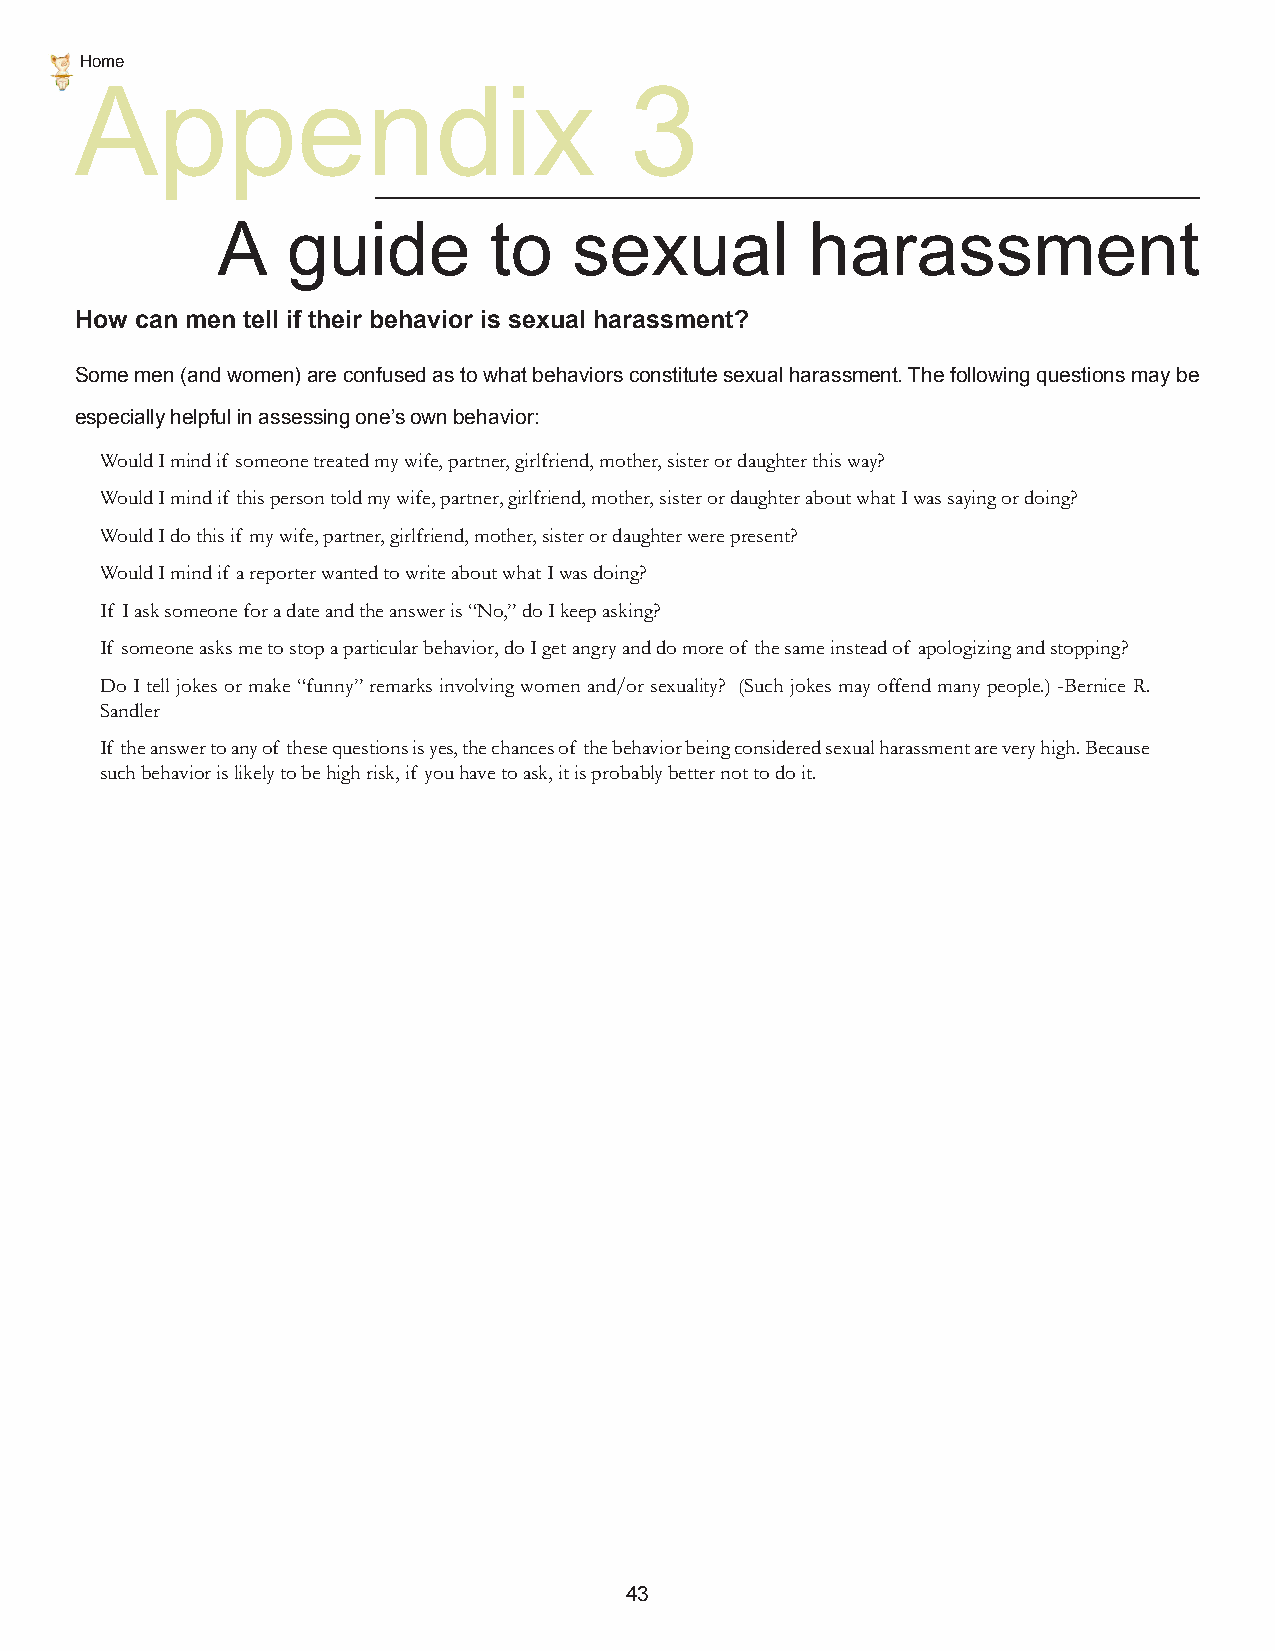
Home
 Appendix                             3
 A    guide        to    sexual          harassment
 How can men tell if their behavior is sexual harassment?
 Some men (and women) are confused as to what behaviors constitute sexual harassment. The following questions may be
 especially helpful in assessing one’s own behavior:
 Would I mind if someone treated my wife, partner, girlfriend, mother, sister or daughter this way?
 Would I mind if this person told my wife, partner, girlfriend, mother, sister or daughter about what I was saying or doing?
 Would I do this if my wife, partner, girlfriend, mother, sister or daughter were present?
 Would I mind if a reporter wanted to write about what I was doing?
 If I ask someone for a date and the answer is “No,” do I keep asking?
 If someone asks me to stop a particular behavior, do I get angry and do more of the same instead of apologizing and stopping?
 Do I tell jokes or make “funny” remarks involving women and/or sexuality? (Such jokes may offend many people.) -Bernice R.
 Sandler
 If the answer to any of these questions is yes, the chances of the behavior being considered sexual harassment are very high. Because
 such behavior is likely to be high risk, if you have to ask, it is probably better not to do it.
 43